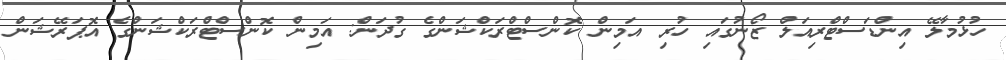
ހުޅުމާލޭ އިންޑަސްޓްރިއަލް ޒޯނުގައި ހުރި އަމިން ކޮންސްޓްރަކްޝަންގެ ގުދަން: އަމިން ކޮންސްޓްރަކްޝަންގެ އޮޕަރޭޝަން